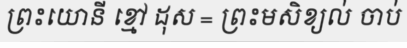
ព្រះយោនី ខ្មៅ ដុស = ព្រះមសិខ្យល់ ចាប់